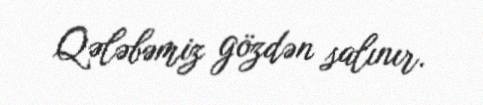
Qələbəmiz gözdən salınır.